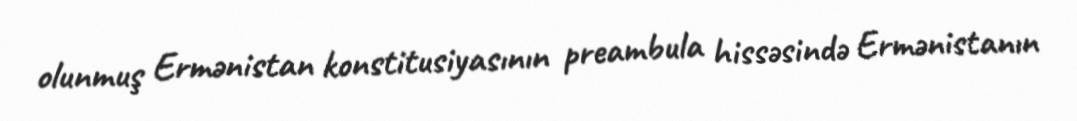
olunmuş Ermənistan konstitusiyasının preambula hissəsində Ermənistanın